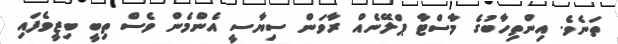
ތަނެވެ. އިންތިހާބުގެ މާސްޓާ ޕްލޭނެއް ރާވަން ސިޔާސީ އެންމެން ވެސް ތިބީ ބިޒީވެފައި